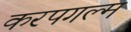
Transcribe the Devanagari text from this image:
करपगल्म